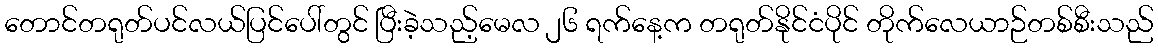
တောင်တရုတ်ပင်လယ်ပြင်ပေါ်တွင် ပြီးခဲ့သည့်မေလ ၂၆ ရက်နေ့က တရုတ်နိုင်ငံပိုင် တိုက်လေယာဉ်တစ်စီးသည်